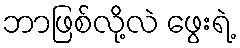
ဘာဖြစ်လို့လဲ ဖွေးရဲ့